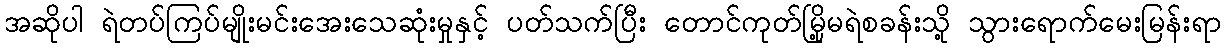
အဆိုပါ ရဲတပ်ကြပ်မျိုးမင်းအေးသေဆုံးမှုနှင့် ပတ်သက်ပြီး တောင်ကုတ်မြို့မရဲစခန်းသို့ သွားရောက်မေးမြန်းရာ